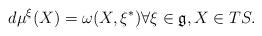
LaTeX: \begin{align*}d\mu^\xi(X) = \omega(X,\xi^*)\forall \xi \in \mathfrak{g}, X\in TS.\end{align*}